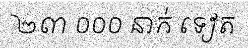
២៣ ០០០ នាក់ ទៀត